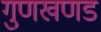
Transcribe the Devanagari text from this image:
गुणखणड